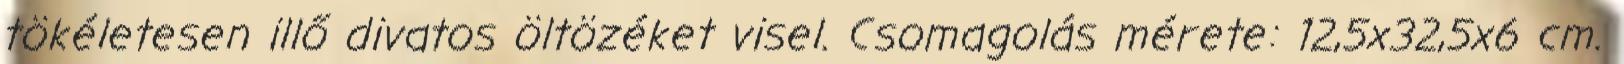
tökéletesen illő divatos öltözéket visel. Csomagolás mérete: 12,5x32,5x6 cm.